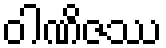
ဝါဏိဇဿ